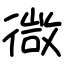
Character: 㣲